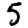
Digit: 5